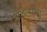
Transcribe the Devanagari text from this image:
नीलांबरच्या